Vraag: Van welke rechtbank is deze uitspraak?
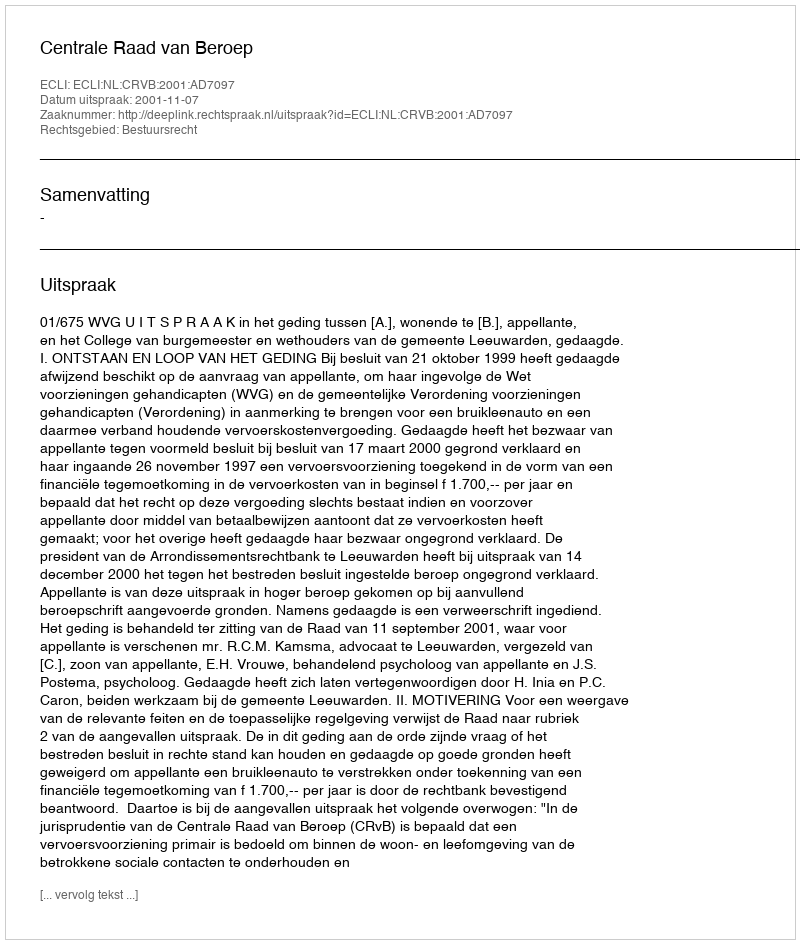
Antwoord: Centrale Raad van Beroep